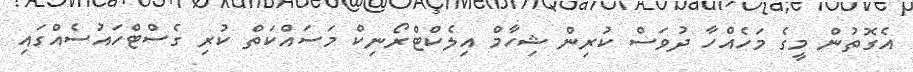
އެގޮތުން މީގެ މަހެއްހާ ދުވަސް ކުރިން ޝިހާމް އިލެކްޓްރޯނިކް މަސައްކަތް ކުރި ގެސްޓްހައުސެއްގައި